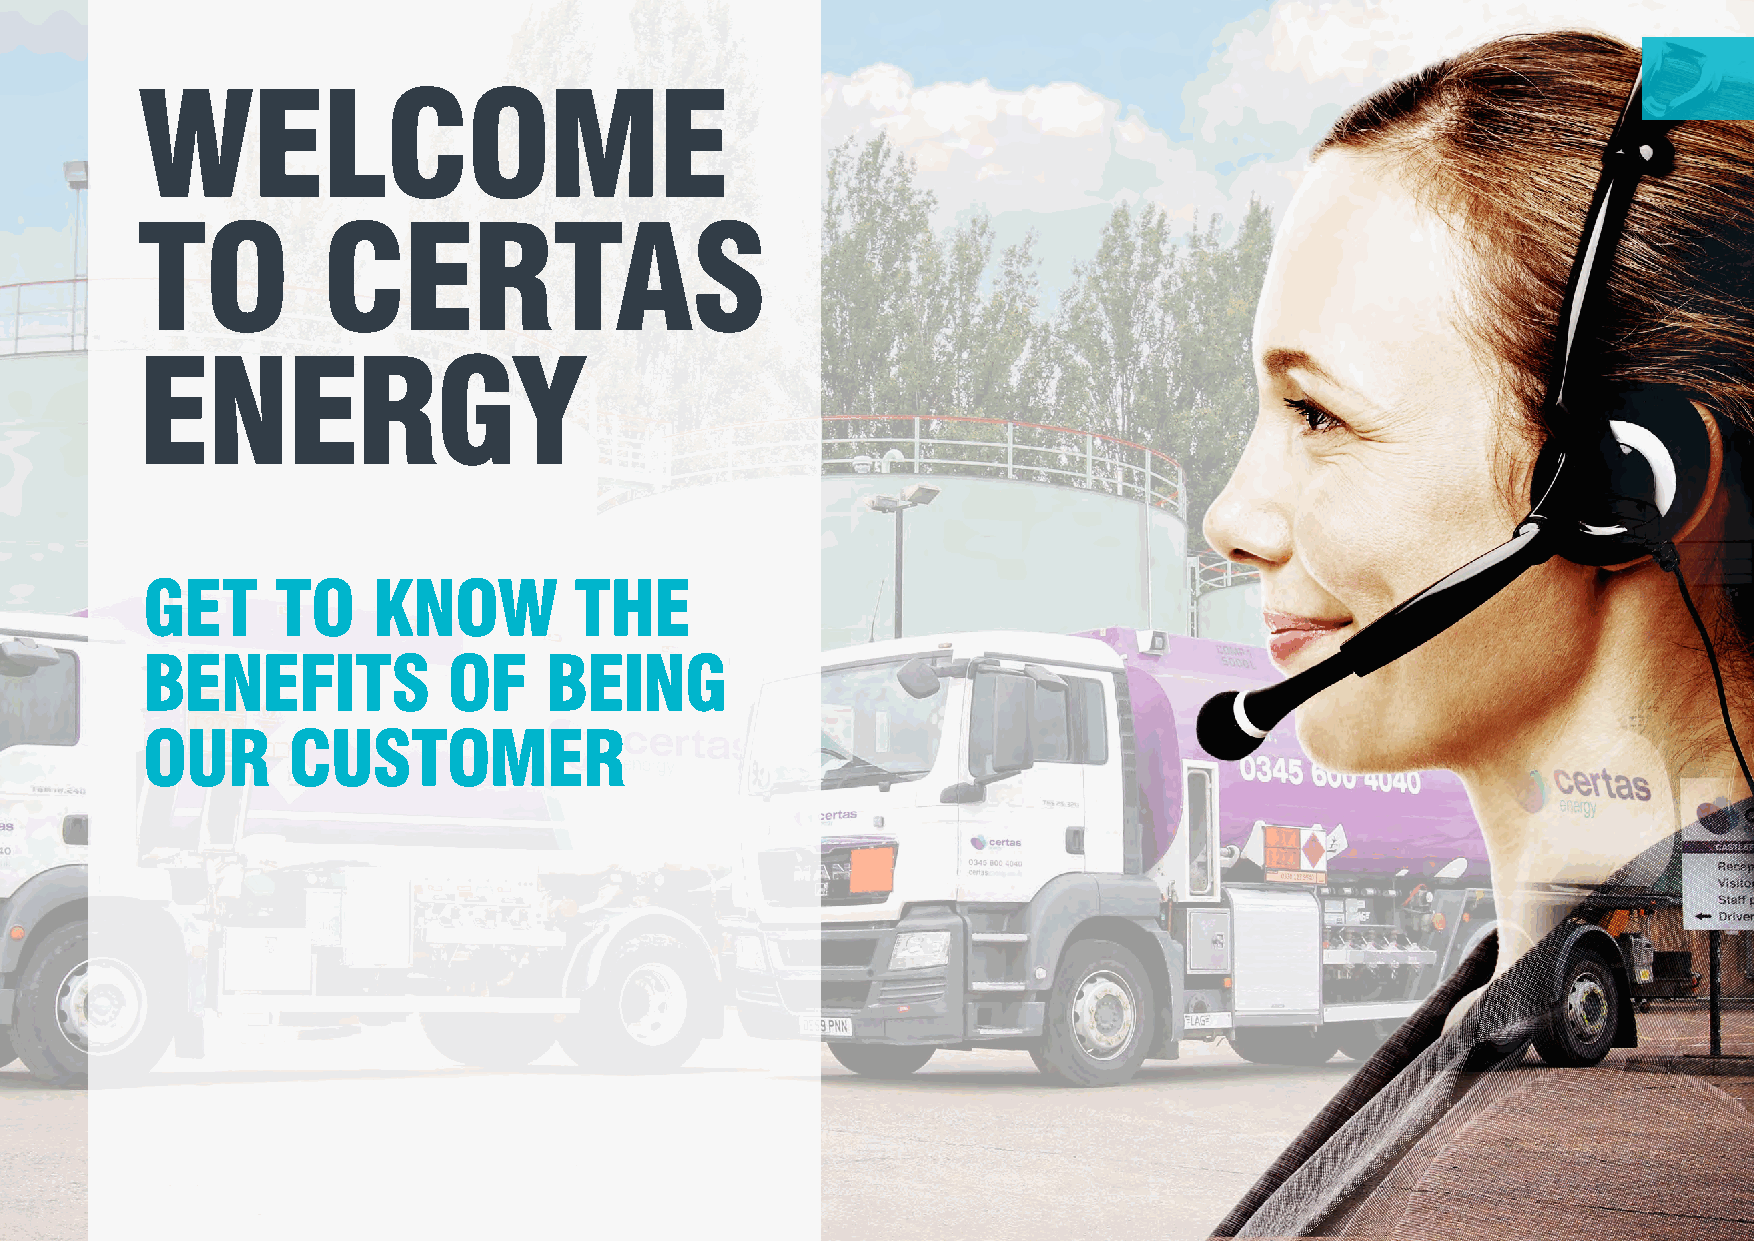
WELCOME
 TO          CERTAS
 ENERGY
 GET      TO     KNOW         THE
 BENEFITS             OF    BEING
 OUR       CUSTOMER